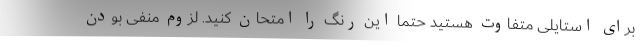
برای استایلی متفاوت هستید حتما این رنگ را امتحان کنید. لزوم منفی بودن